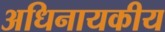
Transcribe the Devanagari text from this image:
अधिनायकीय